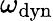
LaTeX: \omega_{\mathrm{dyn}}